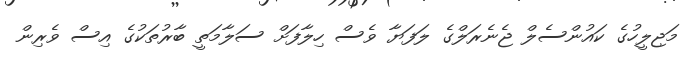
މަޖިލީހުގެ ކައުންސެލް ޖެނެރަލްގެ ލަފަޔާ ވެސް ހިލާފަށް ސަލާމަތީ ބާރުތަކުގެ އިސް ވެރިން